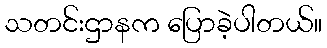
သတင်းဌာနက ပြောခဲ့ပါတယ်။